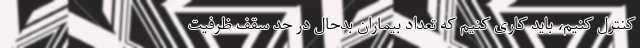
کنترل کنیم، باید کاری کنیم که تعداد بیماران بدحال در حد سقف ظرفیت